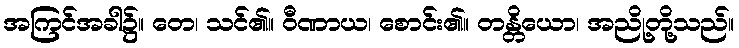
အကြင်အခါ၌။ တေ၊ သင်၏။ ဝီဏာယ၊ စောင်း၏။ တန္တိယော၊ အညို့တို့သည်။